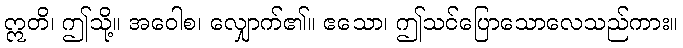
ဣတိ၊ ဤသို့။ အဝေါစ၊ လျှောက်၏။ ဧသော၊ ဤသင်ပြောသောလေသည်ကား။